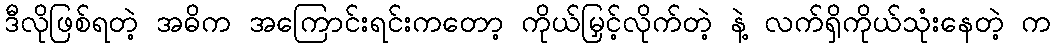
ဒီလိုဖြစ်ရတဲ့ အဓိက အကြောင်းရင်းကတော့ ကိုယ်မြှင့်လိုက်တဲ့ နဲ့ လက်ရှိကိုယ်သုံးနေတဲ့ က